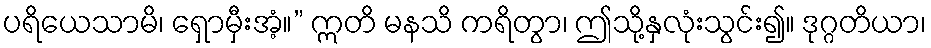
ပရိယေသာမိ၊ ရှောမှီးအံ့။” ဣတိ မနသိ ကရိတွာ၊ ဤသို့နှလုံးသွင်း၍။ ဒုဂ္ဂတိယာ၊